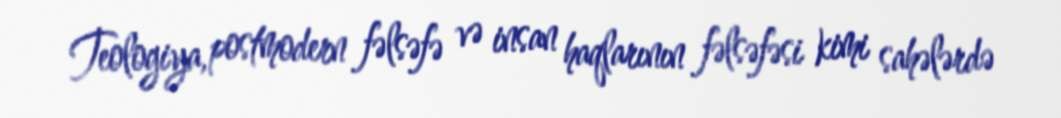
Teologiya, postmodern fəlsəfə və insan haqlarının fəlsəfəsi kimi sahələrdə